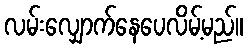
လမ်းလျှောက်နေပေလိမ့်မည်။